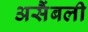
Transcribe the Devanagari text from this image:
असैंबली